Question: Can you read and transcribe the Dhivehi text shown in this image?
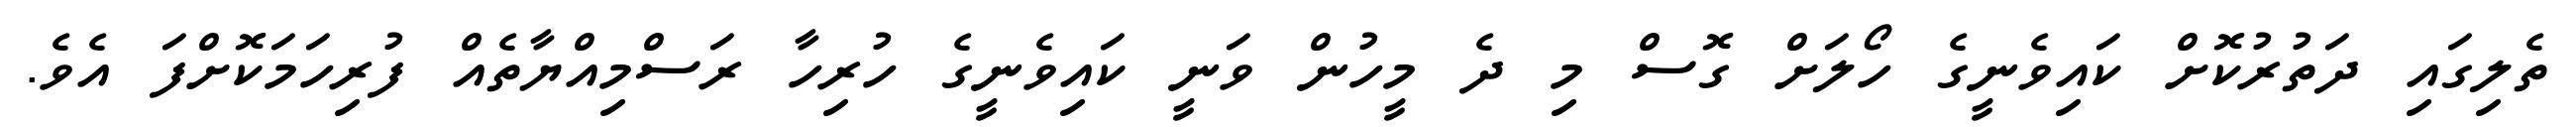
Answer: ތެލިގައި ދަތުރުކޮށް ކައިވެނީގެ ހޯލަށް ގޮސް މި ދެ މީހުން ވަނީ ކައިވެނީގެ ހުރިހާ ރަސްމިއްޔާތެއް ފުރިހަމަކޮށްފަ އެވެ.